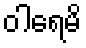
ဝါရေမိ